Civil Veterinary Department Bihar & Orissa reports 1922-29 - 1922-1929
Year: 1922
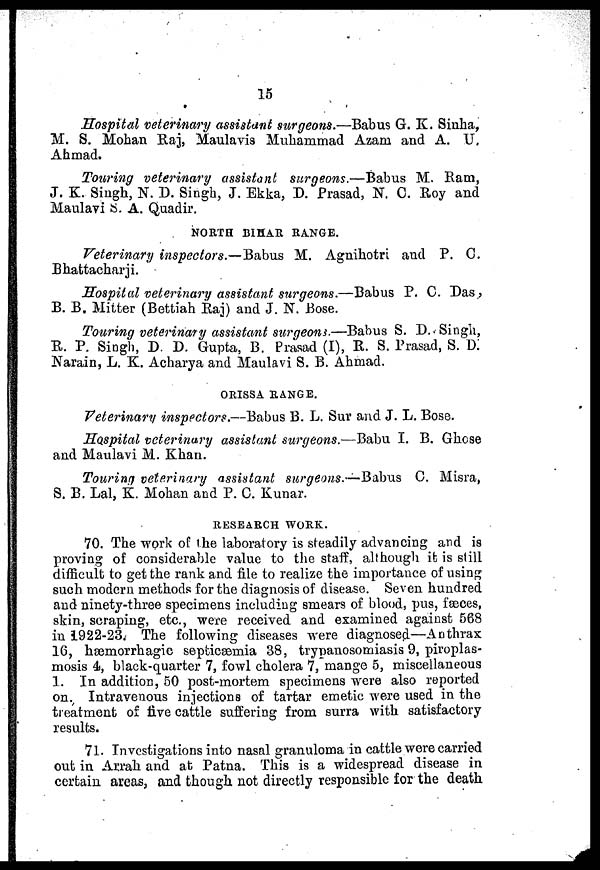
15
Hospital veterinary assistant surgeons.—Bab us G. K. Sinha,
M. S. Mohan Raj, Maulavis Muhanimad Azam and A. U
Ahmad.
Touring veterinary assistant surgeons.—Babus M. Ram,
J. K. Singh, N. D. Singh, J. Ekka, D. Prasad, N. 0. Roy and
Maulavi S. A. Quadir.
NORTH BIHAR RANGE.
Veterinary inspectors.—Babus M. Agnihotri and P. G.
Bhattacharji.
Hospital veterinary assistant surgeons.—Babus P. C. Das ,
B. B. Mitter (Bettiah Raj) and J. N. Bose.
Touring veterinary assistant surgeoni.—Babus S. D. Singh,
R. P. Singh, D. D. Gupta, B. Prasad (I), R. S. Prasad, S. D.
Narain, L. K. Acharya and Maulavi S. B. Ahmad.
ORISSA RANGE.
Veterinary inspectors.—Babus B. L. Suv and J. L. Bose.
Hospital veterinary assistant surgeons.—Babu I. B. Ghcse
and Maulavi M. Khan.
Touring veterinary assistant surgeons.—Babus C. Misra,
S. B. Lal, K. Mohan and P. C. Kunar.
RESEARCH WORK.
70. The work of the laboratory is steadily advancing and is
proving of considerable value to the staff, although it is still
difficult to get the rank and file to realize the importance of using
such modern methods for the diagnosis of disease. Seven hundred
and ninety-three specimens including smears of blood, pus, faeces,
skin, scraping, etc., were received and examined against 568
in 1922-23. The following diseases were diagnosed—Anthrax
16, hæmorrhagic septicsemia 38, trypanosomiasis 9, piroplas-
mosis 4, black-quarter 7, fowl cholera 7, mange 5, miscellaneous
1. In addition, 50 post-mortem specimens were also reported
on. Intravenous injections of tartar emetic were used in the
treatment of live cattle suffering from surra with satisfactory
results.
71. Investigations into nasal granuloma in cattle were carried
out in Arrah and at Patna. This is a widespread disease in
certain areas, and though not directly responsible for the death